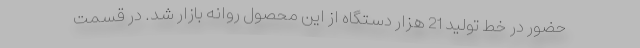
حضور در خط تولید 21 هزار دستگاه از این محصول روانه بازار شد. در قسمت